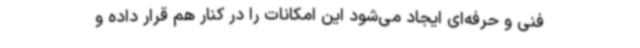
فنی و حرفه‌ای ایجاد می‌شود این امکانات را در کنار هم قرار داده و